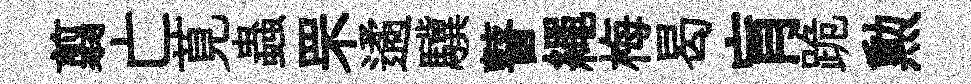
翦亡莧蟲罘遹驥瞽繩梅曷肓跪勲